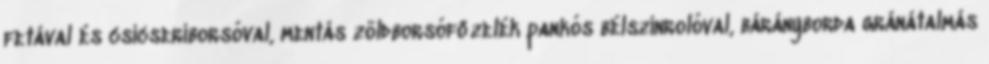
fetával és csicseriborsóval, mentás zöldborsófőzelék pankós bélszínrolóval, bárányborda gránátalmás